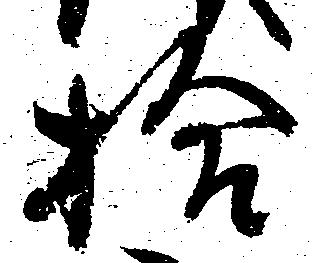
拾